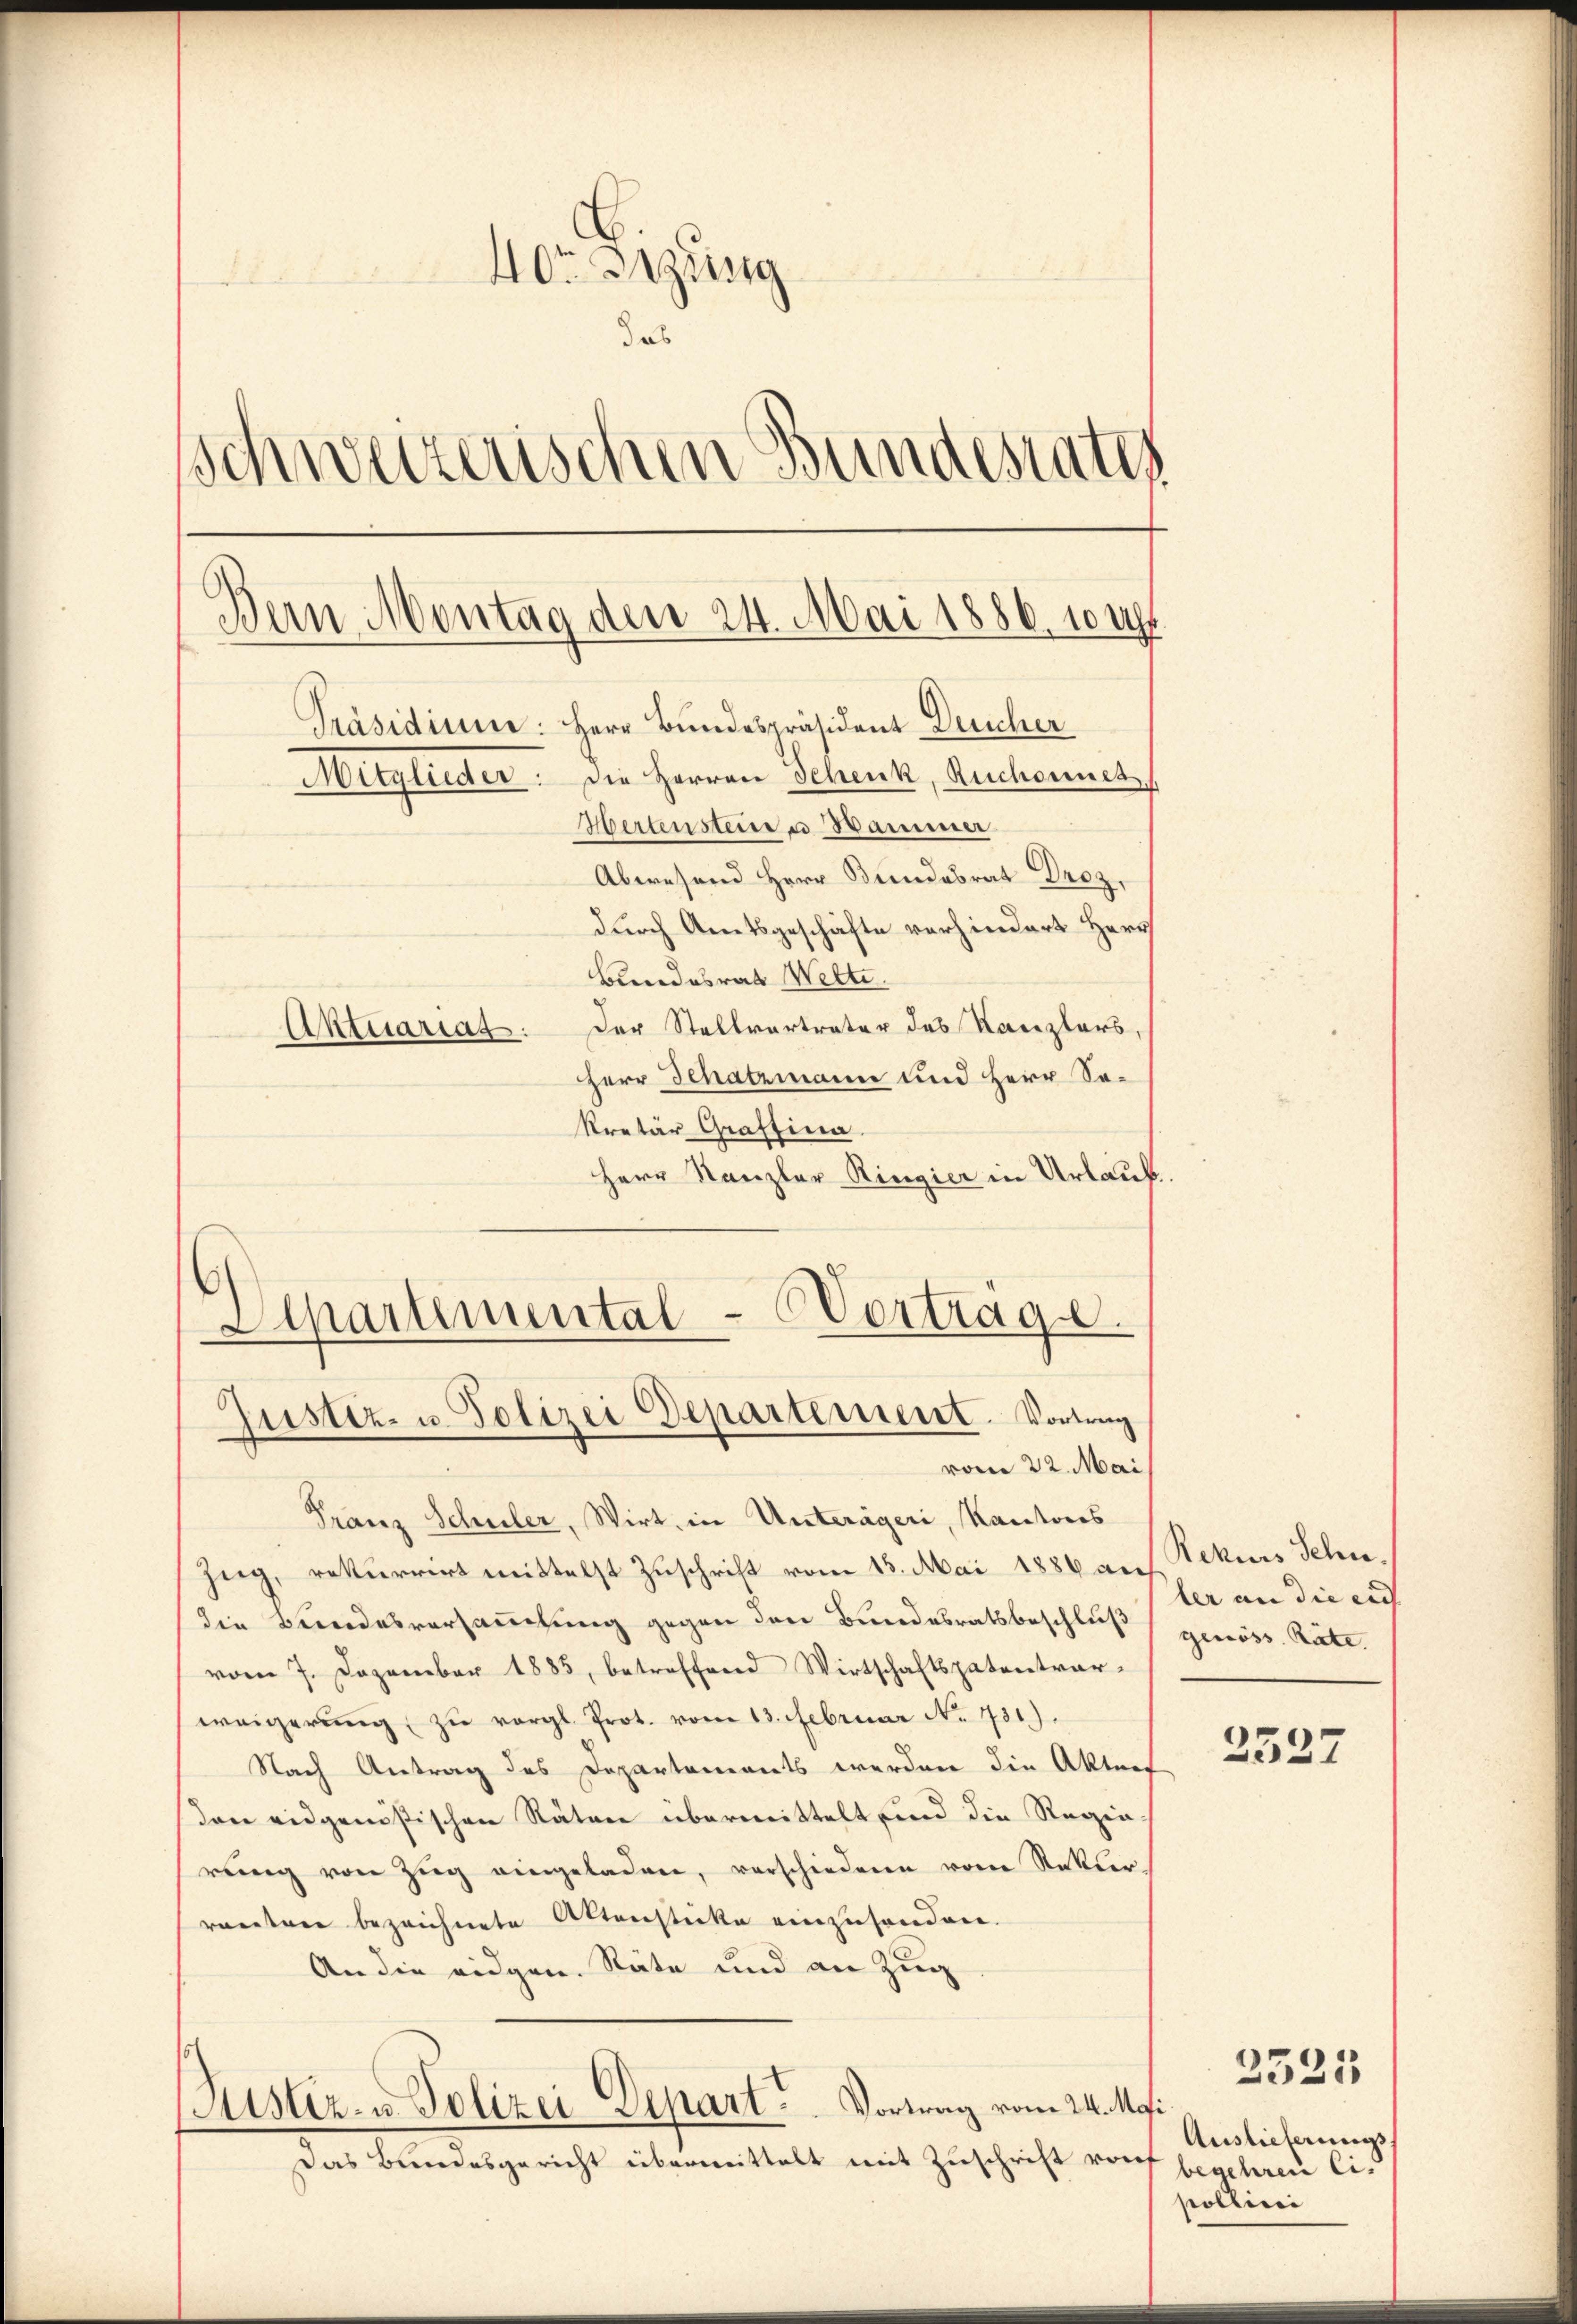
40r zusa
.
das
Schweizerischen Bundesrates
Dein Montag den 24. Mai 1886. 10 Uh
Präsidium: Herr Bundespräsident Deucher
Mitglieder. Die Herren Schenk, Ruchonnet
Hertensteine u. Hammer
Abwesend Herr Bundesrat Droz,
durch Amtsgeschäfte vorhindert Herr
Bundesrat Welte.
Aktuariat. Der Stellvertreter des Kanzlers,
Herr Schatzmann und Herr Se¬

kretär Graffina
Herr Kanzler Ringier in Urlaub.
6
Apartemental-Vortrage.

Justiz- u. Polizei Departement. Vortrag
vom 22. Mai

Franz Schuler, Wirt, in Unterägeri, Kantons
Zug, rekurrirt mittelst Zuschrift vom 15. Mai 1886 die
die Bundesversauchtung gegen den Bundesratsbeschluß
vom 7. Dezember 1885, betreffend Wirtschaftspatentverweigerŭng zŭ vergl. Prot. vom 13. Februar No. 731).
Nach Antrag des Departements werden die Aktraf
den eidgenößischen Räten übermittelt sind die Regin
rŭng von Zŭg eingeladen, verschiedenen vom Rekter,
raentner bezeichnete Aktenstücke einzusenden.
An die eidgen. Räte und an Zug
Justiz- u. Polizei Depart. Vortrag vom 24. Mai
Das Bundesgericht übermittelt mit Zuschrift von

Rekurs Sehne.
ler an die ers
genöss. Rate

2527

Auslieferungs
begehren Ci
pollici

3525